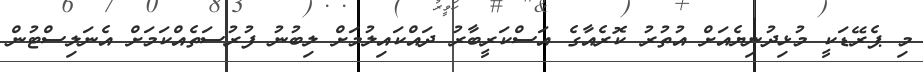
މި ޕެރޭޑަކީ މުޅިދުނިޔެއަށް އުތުރު ކޮރެއާގެ އަސްކަރީބާރު ދައްކައިލުމަށް ލިބުނު ފުރުސަތެއްކަމަށް އެނަލިސްޓުން